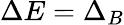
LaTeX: \Delta E=\Delta_{B}